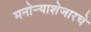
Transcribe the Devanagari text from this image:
मनोर्‍याशेजारचे